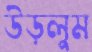
উড়লুম